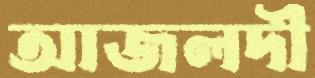
আজলদী